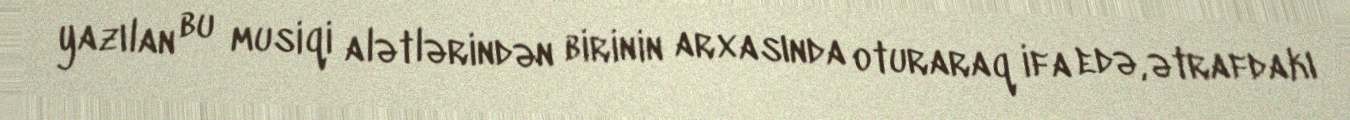
yazılan bu musiqi alətlərindən birinin arxasında oturaraq ifa edə, ətrafdakı